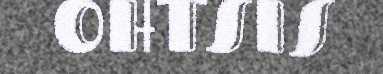
OHTSIS